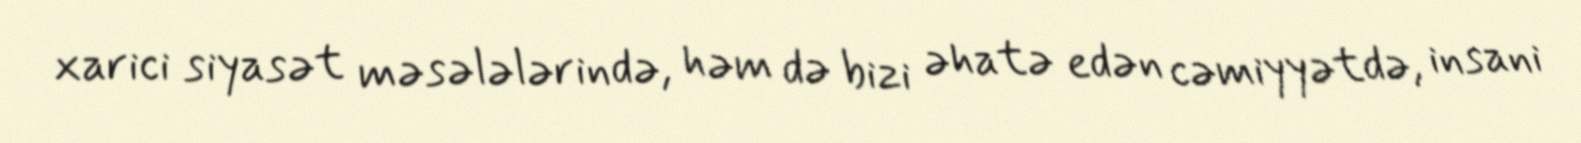
xarici siyasət məsələlərində, həm də bizi əhatə edən cəmiyyətdə, insani